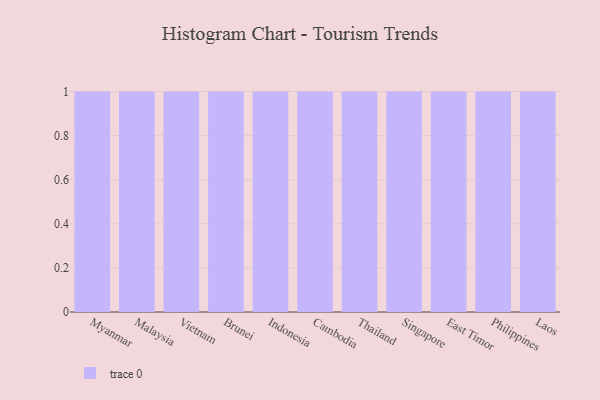
{"axis": {"x": "Country", "y": "Market Share (%)"}, "legend": [""], "data": [{"x": "Myanmar", "y": 41, "type": ""}, {"x": "Malaysia", "y": 16, "type": ""}, {"x": "Vietnam", "y": 61, "type": ""}, {"x": "Brunei", "y": 46, "type": ""}, {"x": "Indonesia", "y": 82, "type": ""}, {"x": "Cambodia", "y": 81, "type": ""}, {"x": "Thailand", "y": 23, "type": ""}, {"x": "Singapore", "y": 71, "type": ""}, {"x": "East Timor", "y": 44, "type": ""}, {"x": "Philippines", "y": 5, "type": ""}, {"x": "Laos", "y": 87, "type": ""}]}